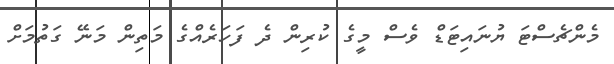
މެންޗެސްޓަ ޔުނައިޓަޑް ވެސް މީގެ ކުރިން ދެ ފަހަރެއްގެ މަތިން މަނޭ ގަތުމަށް